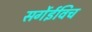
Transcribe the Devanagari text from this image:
सर्गेईविच